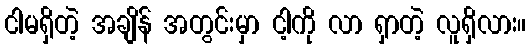
ငါမရှိတဲ့ အချိန် အတွင်းမှာ ငါ့ကို လာ ရှာတဲ့ လူရှိလား။